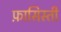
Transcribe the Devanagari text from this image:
फ़ासिस्ती